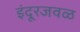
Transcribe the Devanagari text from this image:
इंदूरजवळ